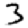
Digit: 3